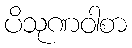
ပိသုဏဝါစာ